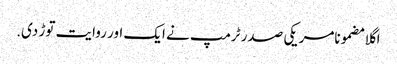
اگلا مضمونامریکی صدر ٹرمپ نے ایک اور روایت توڑ دی.